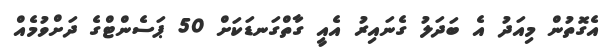
އެގޮތުން މިއަދު އެ ބަދަލު ގެނައިރު އެއީ ގާތްގަނޑަކަށް 50 ޕަސެންޓްގެ ދަށްވުމެއް